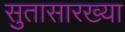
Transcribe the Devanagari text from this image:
सुतासारख्या